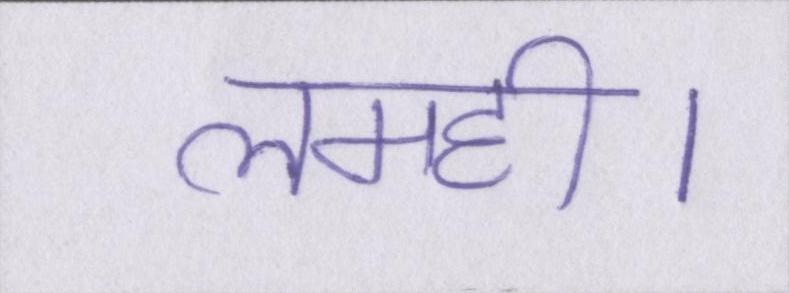
लमही।